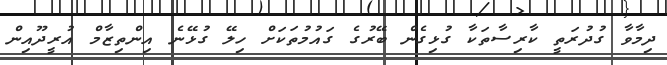
ދިމާވާ ގުދުރަތީ ކާރިސާތަކާ ގުޅިގެން ބޭރުގެ ގައުމުތަކަށް ހިލޭ ގުޅޭނެ އިންތިޒާމް އުރީދޫއިން